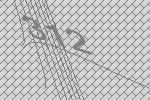
312